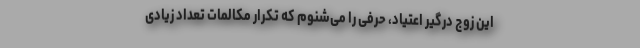
این زوج درگیر اعتیاد، حرفی را می‌شنوم که تکرار مکالمات تعداد زیادی